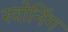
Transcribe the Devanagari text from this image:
स्वोनिंग